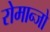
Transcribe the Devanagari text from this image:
रोमान्जो